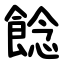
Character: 䭃